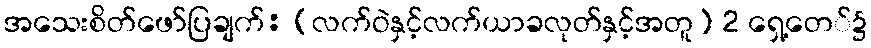
အသေးစိတ်ဖော်ပြချက်: (လက်ဝဲနှင့်လက်ယာခလုတ်နှင့်အတူ) 2 ရှေ့တေ်၌